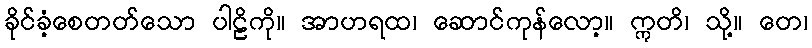
ခိုင်ခံ့စေတတ်သော ပါဠိကို။ အာဟရထ၊ ဆောင်ကုန်လော့။ ဣတိ၊ သို့။ တေ၊